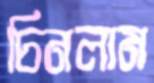
চিনলাম